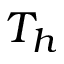
T _ { h }